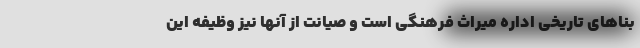
بناهای تاریخی اداره میراث فرهنگی است و صیانت از آنها نیز وظیفه این